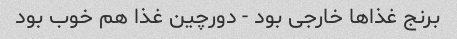
برنج غذا‌ها خارجی بود - دورچین غذا هم خوب بود